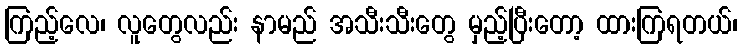
ကြည့်လေ၊ လူတွေလည်း နာမည် အသီးသီးတွေ မှည့်ပြီးတော့ ထားကြရတယ်၊